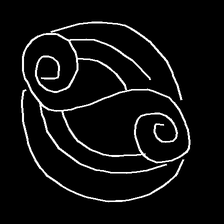
Glyph: wind-underfoot